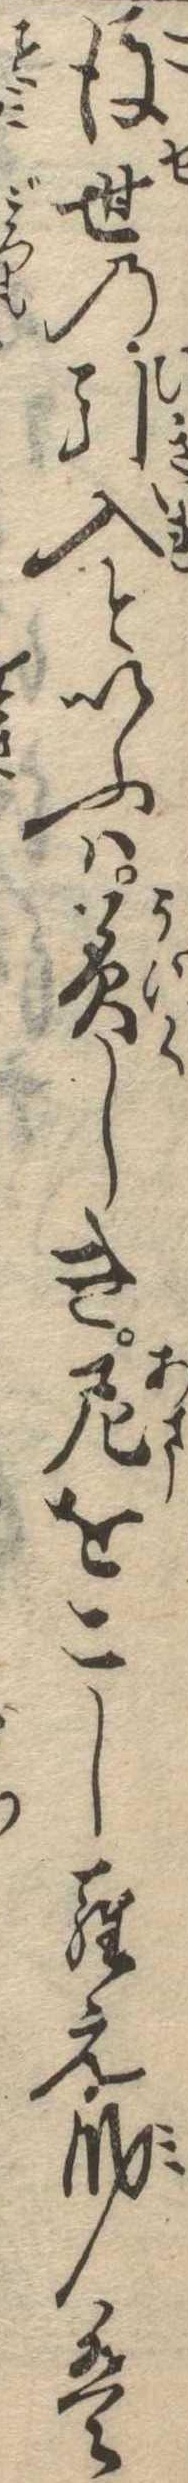
後世の引入といふは美しき尼をこしらえ身は